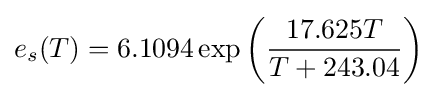
e_{s}(T)=6.1094\exp \left({\frac {17.625T}{T+243.04}}\right)